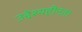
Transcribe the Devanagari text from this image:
उद्देश्यहीनता